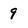
Character: 9